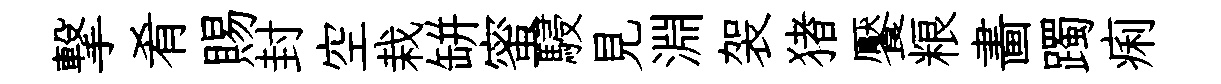
撃肴賜封空栽缾蜜駸見淵袈猪饜粮畵躅痢